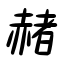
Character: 赭